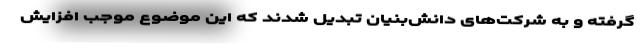
گرفته و به شرکت‌های دانش‌بنیان تبدیل شدند که این موضوع موجب افزایش